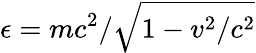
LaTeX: \epsilon=mc^{2}/\sqrt{1-v^{2}/c^{2}}